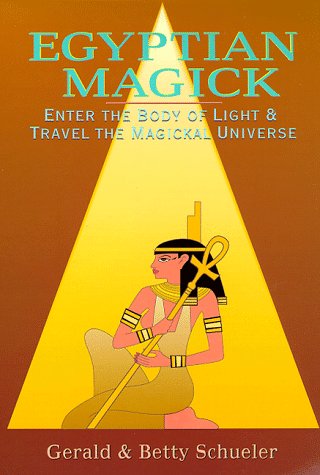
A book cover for Egyptian Magick: Enter the Body of Light & Travel the Magickal Universe (Llewellyn's High Magick); Betty Schueler; Travel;